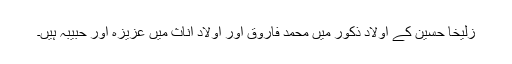
زُلیخا حُسین کے اولاد ذکور میں محمد فاروق اور اولادِ اناث میں عزیزہ اور حبیبہ ہیں۔